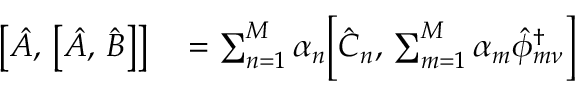
\begin{array} { r l } { \bigl [ \hat { A } , \, \bigl [ \hat { A } , \, \hat { B } \bigr ] \bigr ] } & { { } = \sum _ { n = 1 } ^ { M } \alpha _ { n } \Bigl [ \hat { C } _ { n } , \, \sum _ { m = 1 } ^ { M } \alpha _ { m } \hat { \phi } _ { m \nu } ^ { \dagger } \Bigr ] } \end{array}